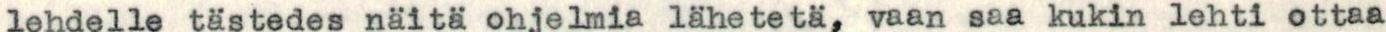
lehdelle tästedes näitä ohjelmia lähetetä, vaan saa kukin lehti ottaa